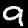
Digit: 9